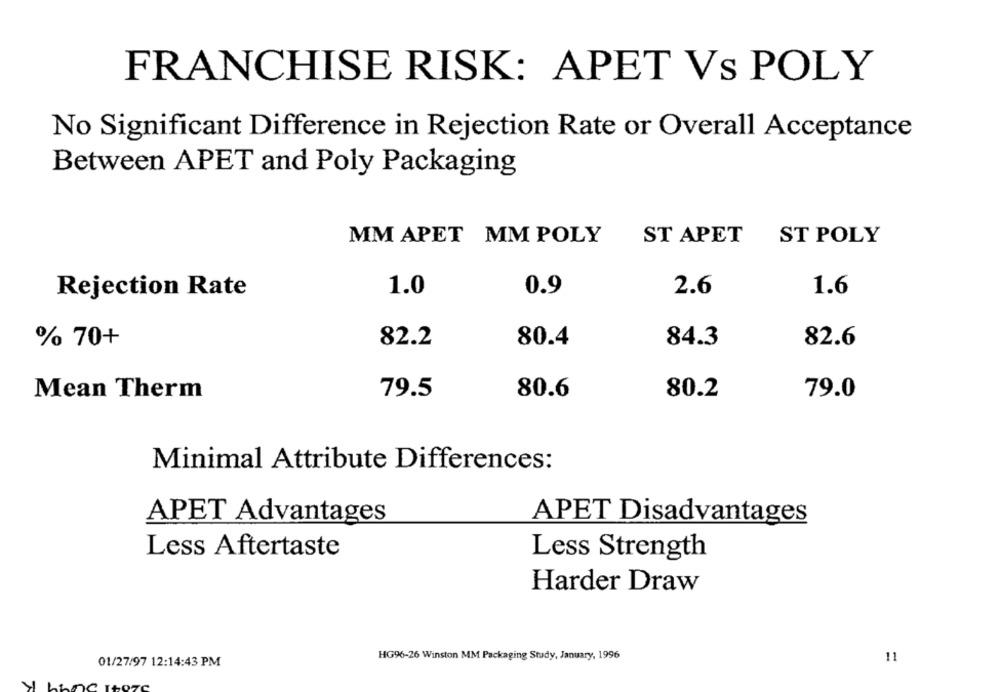
FRANCHISE RISK: APET Vs POLY
No Significant Difference in Rejection Rate or Overall Acceptance
Between APET and Poly Packaging
MM APET MM POLY
ST APET
ST POLY
1.0
2.6
1.6
Rejection Rate
0.9
% 70+
82.2
80.4
84.3
82.6
Mean Therm
79.5
80.6
80.2
79.0
Minimal Attribute Differences:
APET Advantages
APET Disadvantages
Less Aftertaste
Less Strength
Harder Draw
HG96-26 Winston MM Packaging Study, January, 1996
11
01/27/97 12:14:43 PM